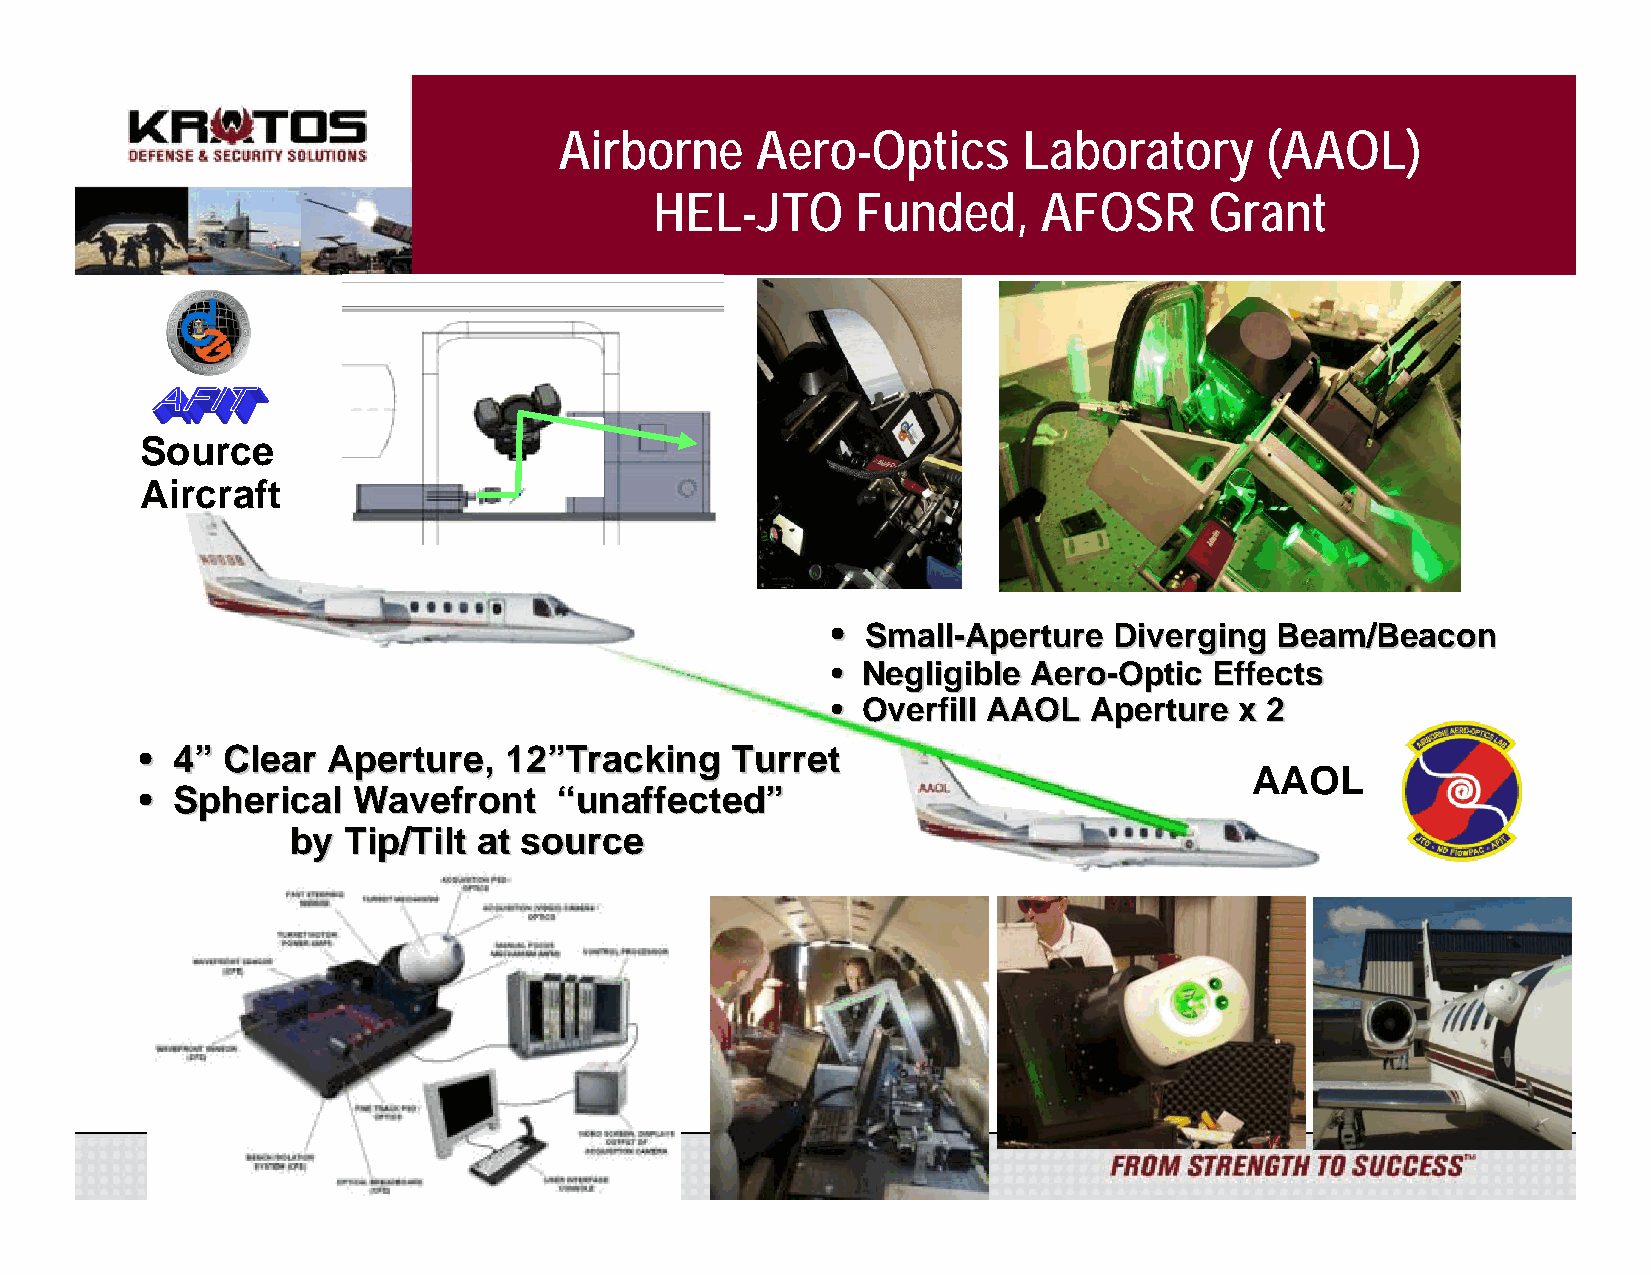
Airborne     Aero-Optics       Laboratory      (AAOL)
 HEL-JTO       Funded,     AFOSR      Grant
 Source
 Aircraft
 •• SSmmaallll--AAppeerrttuurree DDiivveerrggiinngg BBeeaamm//BBeeaaccoonn
 •• NNeegglliiggiibbllee AAeerroo--OOppttiicc EEffffeeccttss
 •• OOvveerrffiillll AAAAOOLL AAppeerrttuurree xx 22
 •• 44”” CClleeaarr AAppeerrttuurree,, 1122””TTrraacckkiinngg TTuurrrreett
 AAOL
 •• SSpphheerriiccaall WWaavveeffrroonntt ““uunnaaffffeecctteedd””
 bbyy TTiipp//TTiilltt aatt ssoouurrccee